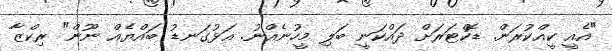
"އެއީ ކީއްކުރަން. ޑޮކްޓަރަށް ދައްކަނީ ބަލި މީހުނެއްނު. އަޅުގަނޑު ބައްޔެއް ނޫން" ރިކްޒާ